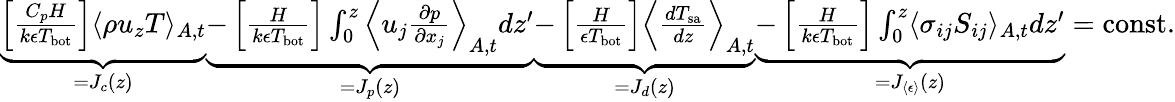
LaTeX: \begin{array}{r}{\underbrace{\left[\frac{C_{p}H}{k\epsilon T_{\mathrm{bot}}}\right]\langle\rho u_{z}T\rangle_{A,t}}_{=J_{c}(z)}\underbrace{-\left[\frac{H}{k\epsilon T_{\mathrm{bot}}}\right]\int_{0}^{z}\Big\langle u_{j}\frac{\partial p}{\partial x_{j}}\Big\rangle_{A,t}dz^{\prime}}_{=J_{p}(z)}\underbrace{-\left[\frac{H}{\epsilon T_{\mathrm{bot}}}\right]\Big\langle\frac{dT_{\mathrm{sa}}}{dz}\Big\rangle_{A,t}}_{=J_{d}(z)}\underbrace{-\left[\frac{H}{k\epsilon T_{\mathrm{bot}}}\right]\int_{0}^{z}\langle\sigma_{ij}S_{ij}\rangle_{A,t}dz^{\prime}}_{=J_{\langle\epsilon\rangle}(z)}=\mathrm{const.}}\end{array}